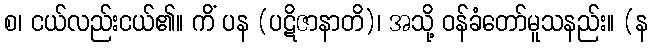
စ၊ ငယ်လည်းငယ်၏။ ကိံ ပန (ပဋိဇာနာတိ)၊ အသို့ ဝန်ခံတော်မူသနည်း။ (န